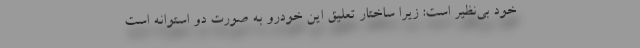
خود بی‌نظیر است: زیرا ساختار تعلیق این خودرو به صورت دو استوانه‌ است